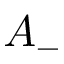
A _ { - }